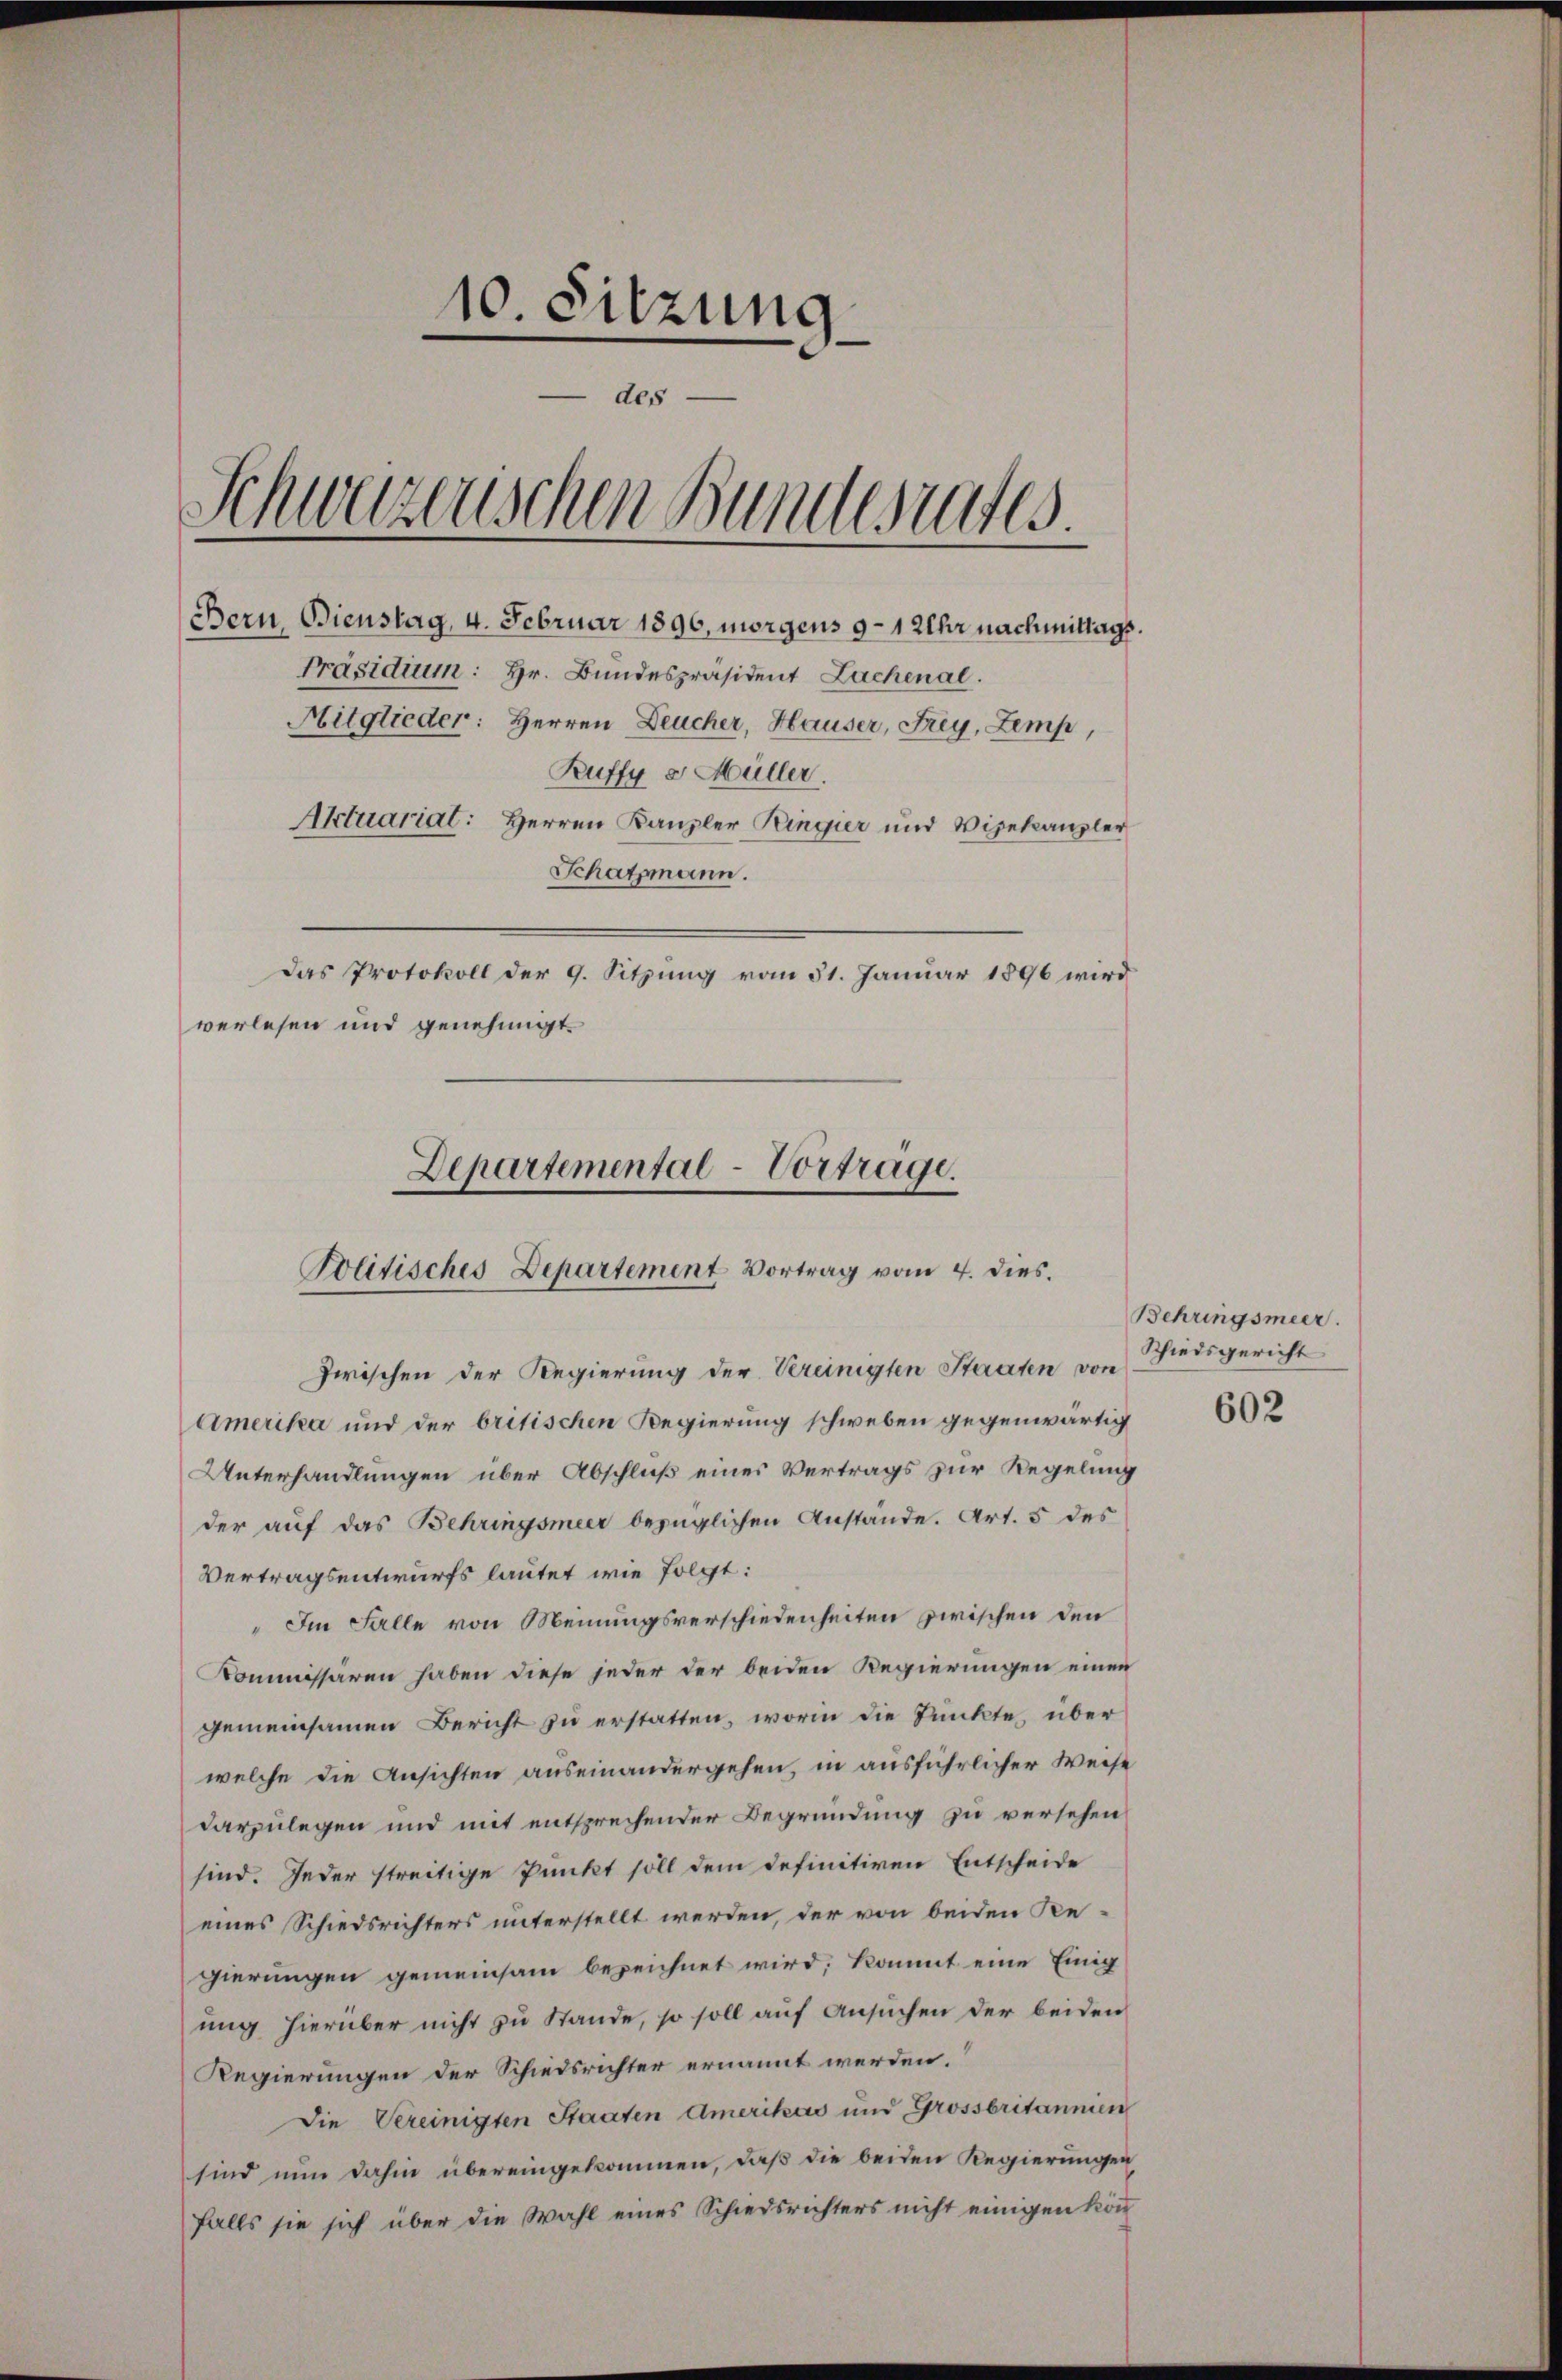
10. Sitzung
- des
Schwazenschen Bundesrates
Bern Bienstag, 4. Februar 1896, morgens 9–1 Uhr nachmittags
Präsidium: Hr. Bundespräsident Lachenal.
Mitglieder: Herren Deucher, Hauser, Frey, Zemp,
Ruffy v. Müller.
Aktuariat: Herren Kanzler Ringier und Vizekanzler
Schatzmann.
Das Protokoll der 9. Sitzung vom 31. Januar 1896 wird
verlesen und genehmigt.

Departemental-Vortrage.
Politisches Departement Vortrag vom 4. dies.

Zwischen der Regierung der Vereinigten Staaten von
Amerika und der britischen Regierung schweben gegenwärtig
Unterhandlungen über Abschluß eines Vertrags zur Regelung
der auf das Behringsmeer bezüglichen Anstände. Art. 5 des
Vertragsentwurfs lautet wie folgt:
" Im Falle von Meinungsverschiedenheiten zwischen den
Kommissären haben diese jeder der beiden Regierungen einen
gemeinsamen Bericht zu erstatten, worin die Punkte, über
welche die Ansichten auseinandergehen, in ausführlicher Weise
darzulegen und mit entsprechender Begründung zu versehen
sind. Jeder streitige Punkt soll dem definitiven Entscheide
eines Schiedsrichters unterstellt werden, der von beiden Re-
gierungen gemeinsam bezeichnet wird; kommt eine Einig
ung hierüber nicht zu Stande, so soll auf Ansuchen der beiden
Regierungen der Schiedsrichter ernannt werden.
Die Vereinigten Staaten Amerikas und Grossbritannien
sind nun dahin übereingekommen, daß die beiden Regierungen
falls sie sich über die Wahl eines Schiedsrichters nicht einigen kön

Behringsmeer.
Schiedsgericht

602